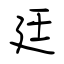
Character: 廷